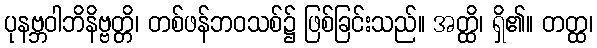
ပုနဗ္ဘဝါဘိနိဗ္ဗတ္တိ၊ တစ်ဖန်ဘဝသစ်၌ ဖြစ်ခြင်းသည်။ အတ္ထိ၊ ရှိ၏။ တတ္ထ၊